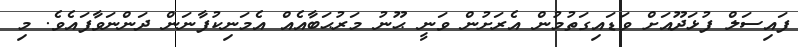
ފައިސަލް ފުޅަދޫއަށް ވަޑައިގަތުމުން އެރަށުން ވަނީ ޙޫނު މަރުޙަބާއެއް އެމަނިކުފާނަން ދަންނަވާފައެވެ. މި